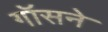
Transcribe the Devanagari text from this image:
गॉसने